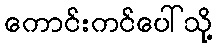
ကောင်းကင်ပေါ်သို့